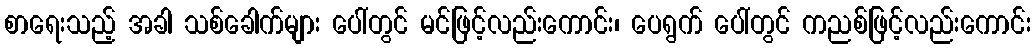
စာရေးသည့် အခါ သစ်ခေါက်များ ပေါ်တွင် မင်ဖြင့်လည်းကောင်း၊ ပေရွက် ပေါ်တွင် ကညစ်ဖြင့်လည်းကောင်း